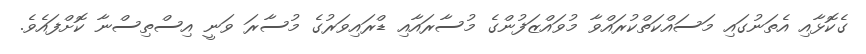
ގެކޮޅާއި އެތަނުގައި މަސައްކަތްކުރައްވާ މުވައްޒަފުންގެ މުސާރައާއި ޑްރައިވަރުގެ މުސާރަ ވަނީ އިސްތިސްނާ ކޮށްފައެވެ.